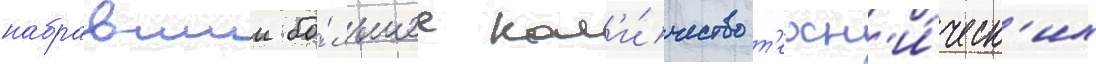
набравшии бо́льшее кол'и́чество т'ехн'и́ческ'их